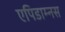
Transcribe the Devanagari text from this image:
एपिडाम्नस